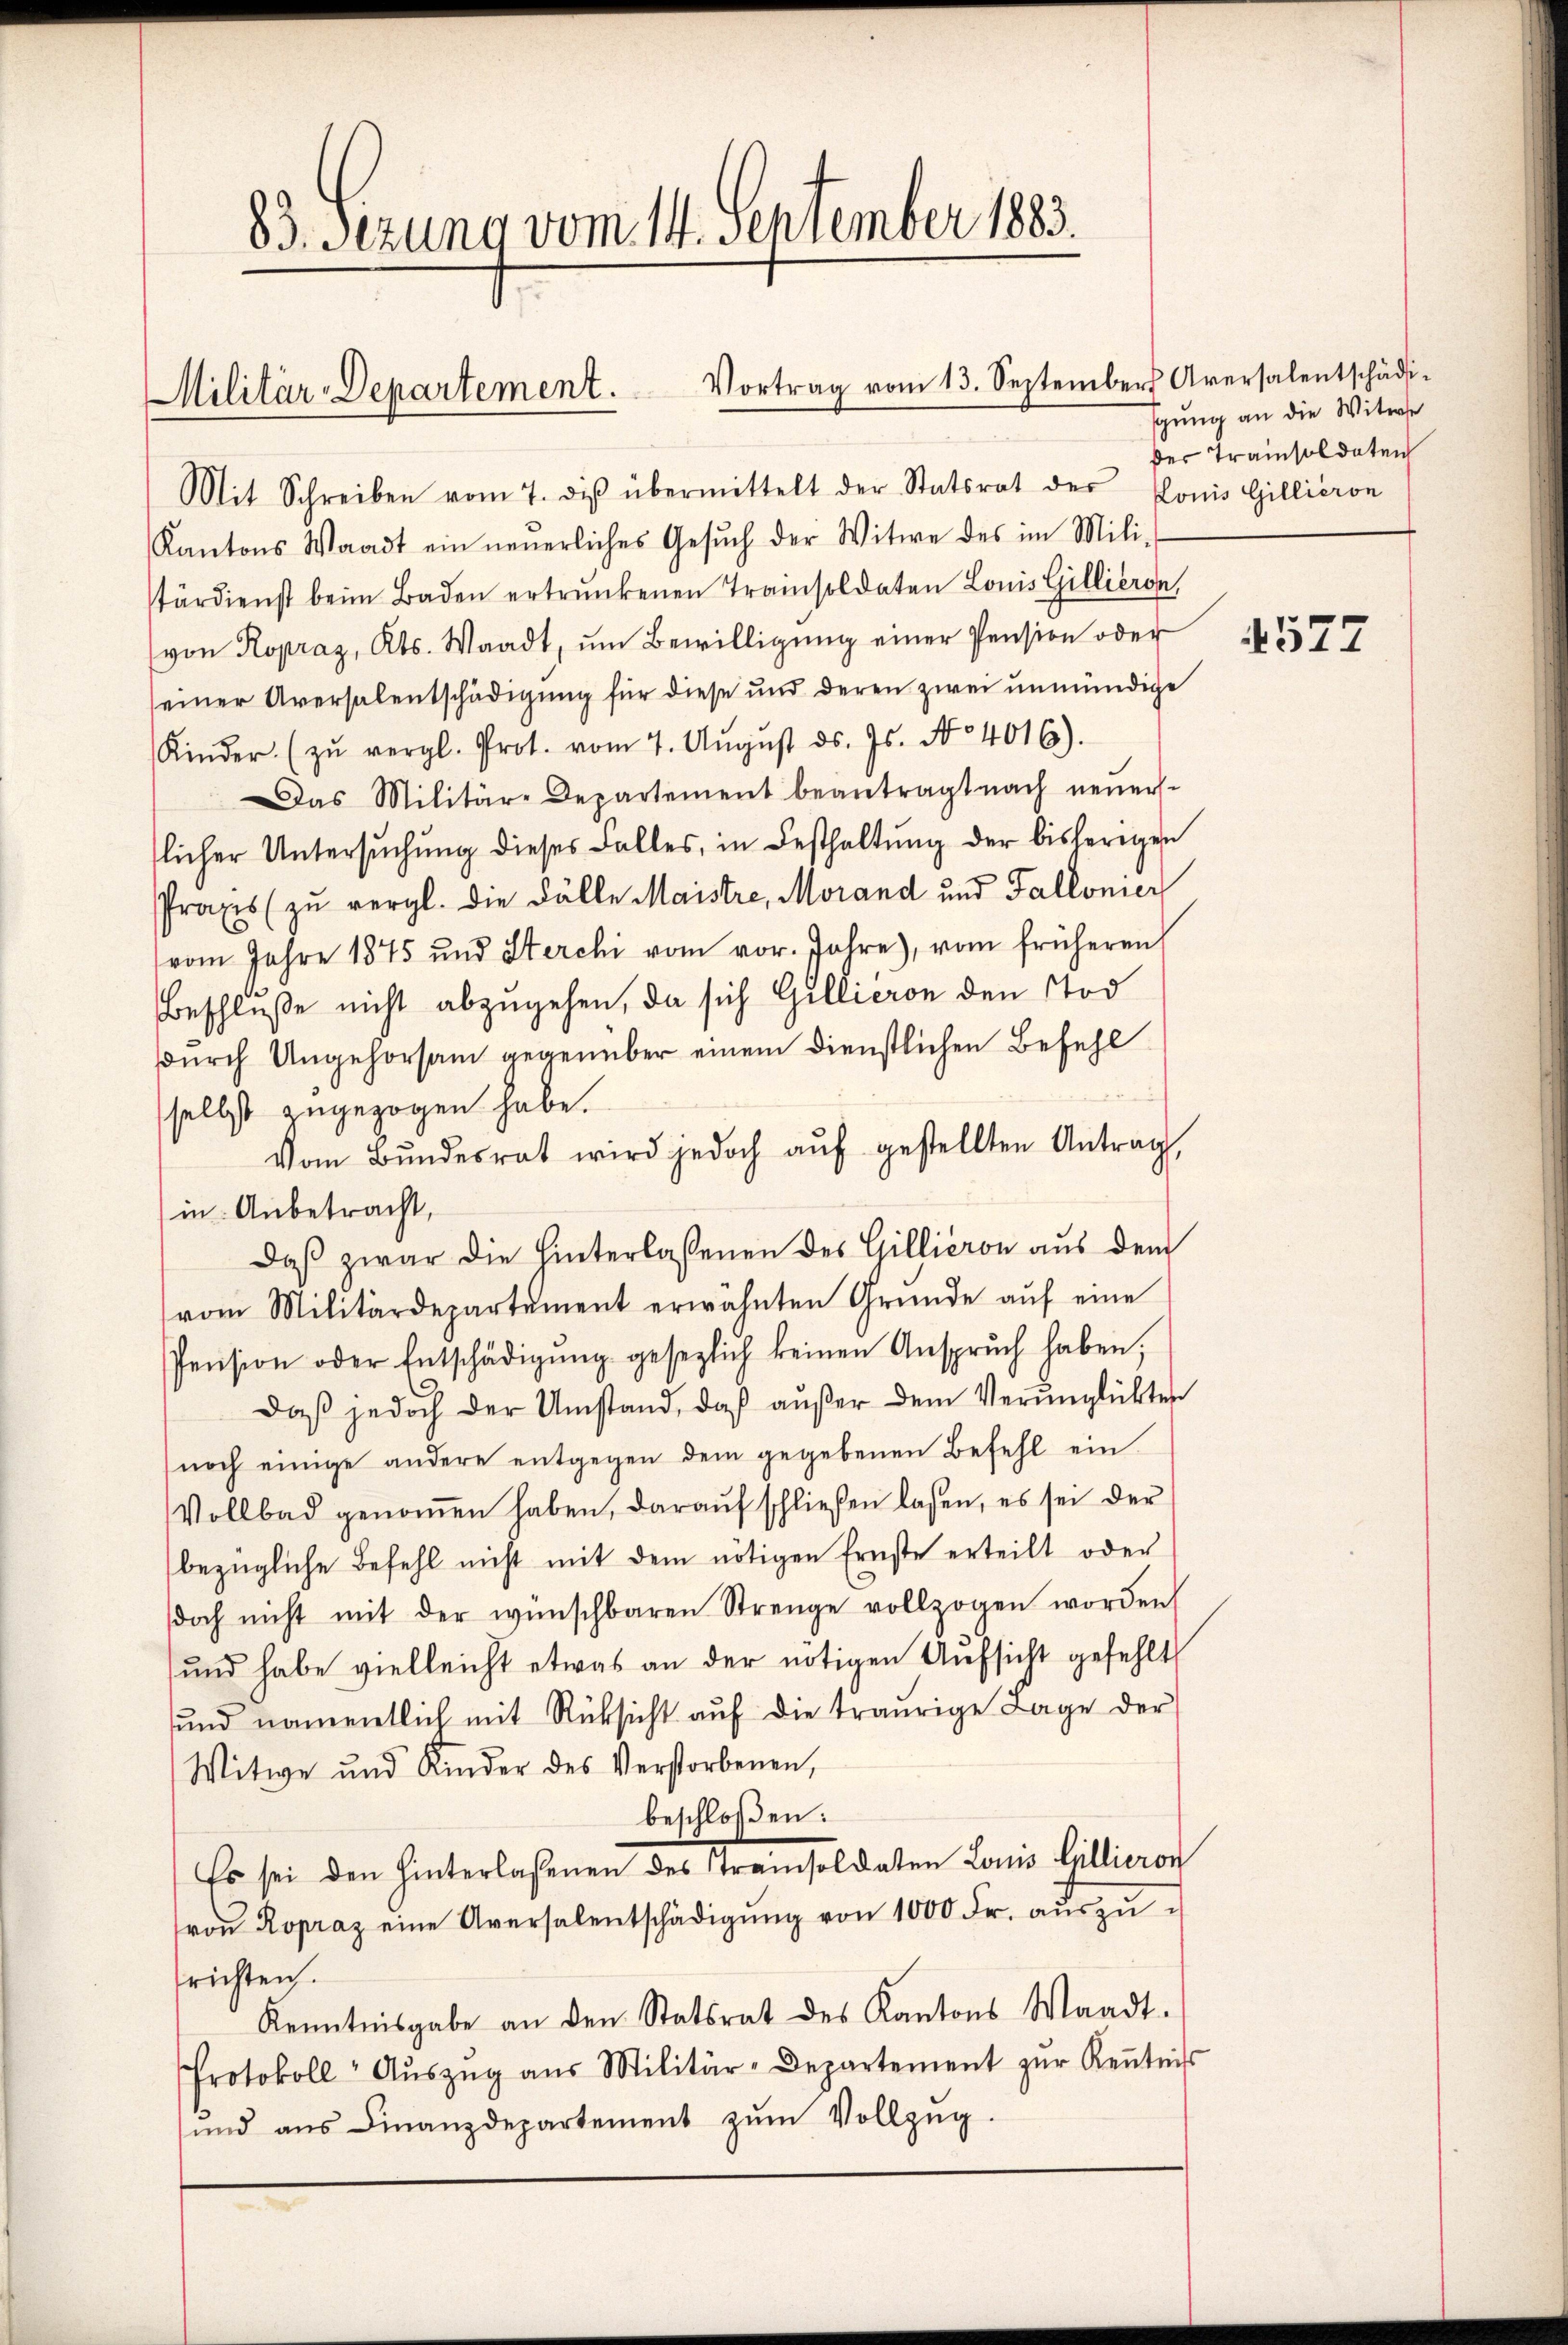
Militär-Departement. Vortrag vom 13. September Aversalentschädi-

83. Sezung vom 14. September 1883.

Mit Schreiben vom 7. diβ übermittelt der Statsrat des Ponis Gillieron
Kantons Waadt ein neuerliches Gesŭch der Witwe des im Mili-
stärdienst beim Baden ertrunkenen Trainsoldaten Louis Gillieren,
(von Kopraz, Kts. Waadt, ŭm Bewilligŭng einer Pension oder
seiner Aversalentschädigung für diese und deren zwei unmündige
Kinder. (zŭ vergl. Prot. vom 7. Aŭgŭst ds. Js. No 4016).
as Militär-Departement beantragt nach neŭers-
slicher Untersŭchŭng dieses Falles, in Besthaltŭng der bisherigen
Praxis zu vergl. die Fälle Maistre, Morand und Fallonier
vom Jahre 1875 und Sterchi vom vor. Jahre), vom früheren
Beschluße nicht abzugehen, da sich Gillieren den Tod
sdurch Ungehorsam gegenüber einem dienstlichen Befehl
selbst zugezogen habe.
Vom Bŭndesrat wird jedoch aŭf gestellten Antrag,
in Anbetracht,
daβ zwar die hinterlassenen des Gillieren aus dem
vom Militärdepartement erwähnten Gründe aŭf eine
Pension oder Entschädigŭng gesezlich keinen Ansprŭch haben;
Daß jedoch der Umstand, daß außer dem Verunglückten
noch einige andere entgegen dem gegebenen Befehl ein
Vollbad genoṁen haben, daraŭf schließen laßen, es sei der
bezügliche Befehl nicht mit dem nötigen Ernste erteilt oder
doch nicht mit der wünschbaren Strenge vollzogen worden
und habe vielleicht etwas an der nötigen Aufsicht gefehlt
ŭnd namentlich mit Rücksicht aŭf die traurige Lage der
Witwe und Kinder des Verstorbenen,
beschloßen:
Es sei den hinterlaßenen des Kremsoldaten Louis Billieren
voŭ Ropraz eine Aversalentschädigŭng von 1000 Fr. aŭszŭ-
frichten.
Kenntnisgabe an den Statsrat des Kantons Waadt.
Protokoll- Aŭszŭg aŭs Militär-Departement zŭr Keṅtnis
und aŭs Finanzdepartement zŭm Vollzŭg.

gung an die Witwe
der Trainsoldaten

4577